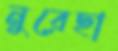
নুরেছা